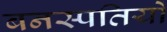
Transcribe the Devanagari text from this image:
बनस्पतियों